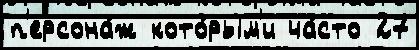
п'ерсона́ж кото́рым'и ча́сто 27